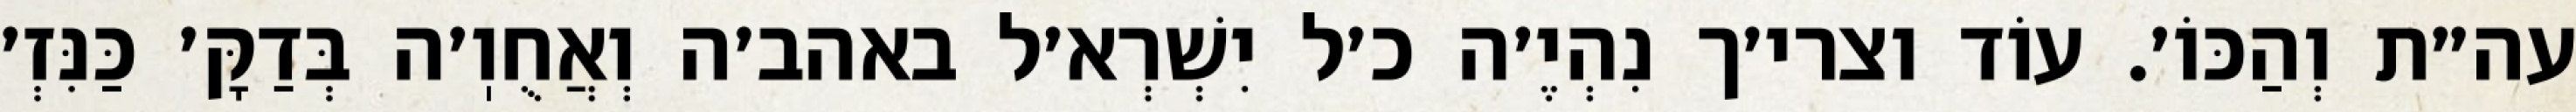
עה״ת וְהַכּוֹ׳. עוֹד וצרי׳ך נִהְיֶ׳ה כ׳ל יִשְׁרְא׳ל באהב׳ה וְאֲחֻוֽ׳ה בְּדַקָּ׳ כַּנִּזְ׳